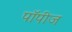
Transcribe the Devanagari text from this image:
पॉपीज